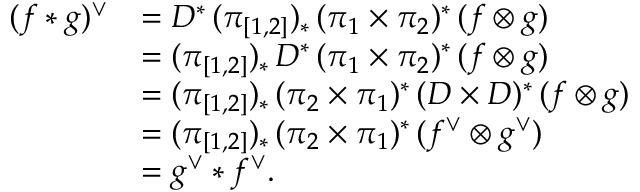
\begin{array} { r l } { ( f * g ) ^ { \vee } } & { = D ^ { * } \, ( \pi _ { [ 1 , 2 ] } ) _ { * } \, ( \pi _ { 1 } \times \pi _ { 2 } ) ^ { * } \, ( f \otimes g ) } \\ & { = ( \pi _ { [ 1 , 2 ] } ) _ { * } \, D ^ { * } \, ( \pi _ { 1 } \times \pi _ { 2 } ) ^ { * } \, ( f \otimes g ) } \\ & { = ( \pi _ { [ 1 , 2 ] } ) _ { * } \, ( \pi _ { 2 } \times \pi _ { 1 } ) ^ { * } \, ( D \times D ) ^ { * } \, ( f \otimes g ) } \\ & { = ( \pi _ { [ 1 , 2 ] } ) _ { * } \, ( \pi _ { 2 } \times \pi _ { 1 } ) ^ { * } \, ( f ^ { \vee } \otimes g ^ { \vee } ) } \\ & { = g ^ { \vee } * f ^ { \vee } . } \end{array}